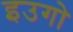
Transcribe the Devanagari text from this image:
इउगो